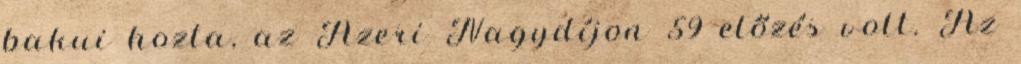
bakui hozta, az Azeri Nagydíjon 59 előzés volt. Az